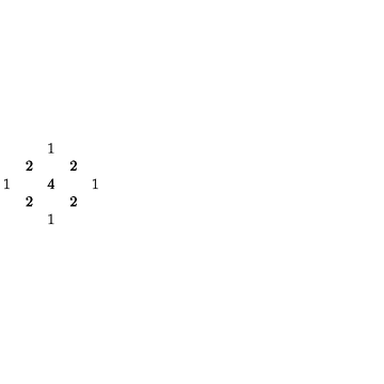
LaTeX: \begin{array} { c c c c c } { } & { } & { 1 } & { } & { } \\ { } & { 2 } & { } & { 2 } & { } \\ { 1 } & { } & { 4 } & { } & { 1 } \\ { } & { 2 } & { } & { 2 } & { } \\ { } & { } & { 1 } & { } & { } \\ \end{array}